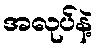
အလုပ်နဲ့